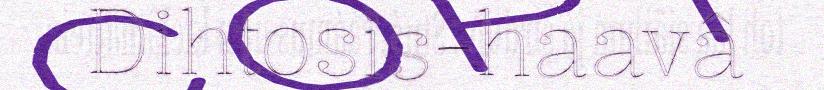
Dihtosis-haavâ